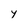
Character: y